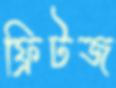
ফ্রিটজ